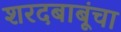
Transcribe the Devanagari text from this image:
शरदबाबूंचा